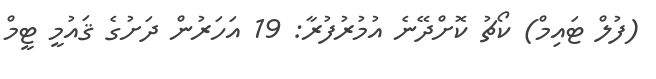
(ފުލް ޓައިމް) ކޯޗު ކޮށްދޭނެ އުމުރުފުރާ: 19 އަހަރުން ދަށުގެ ޤައުމީ ޓީމް